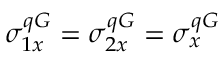
\sigma _ { 1 x } ^ { q G } = \sigma _ { 2 x } ^ { q G } = \sigma _ { x } ^ { q G }